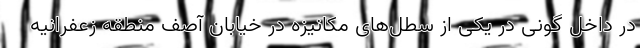
در داخل گونی در یکی از سطل‌های مکانیزه در خیابان آصف منطقه زعفرانیه